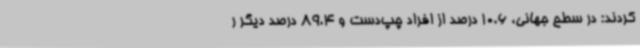
کردند: در سطح جهانی، 10.6 درصد از افراد چپ‌دست و 89.4 درصد دیگر ر